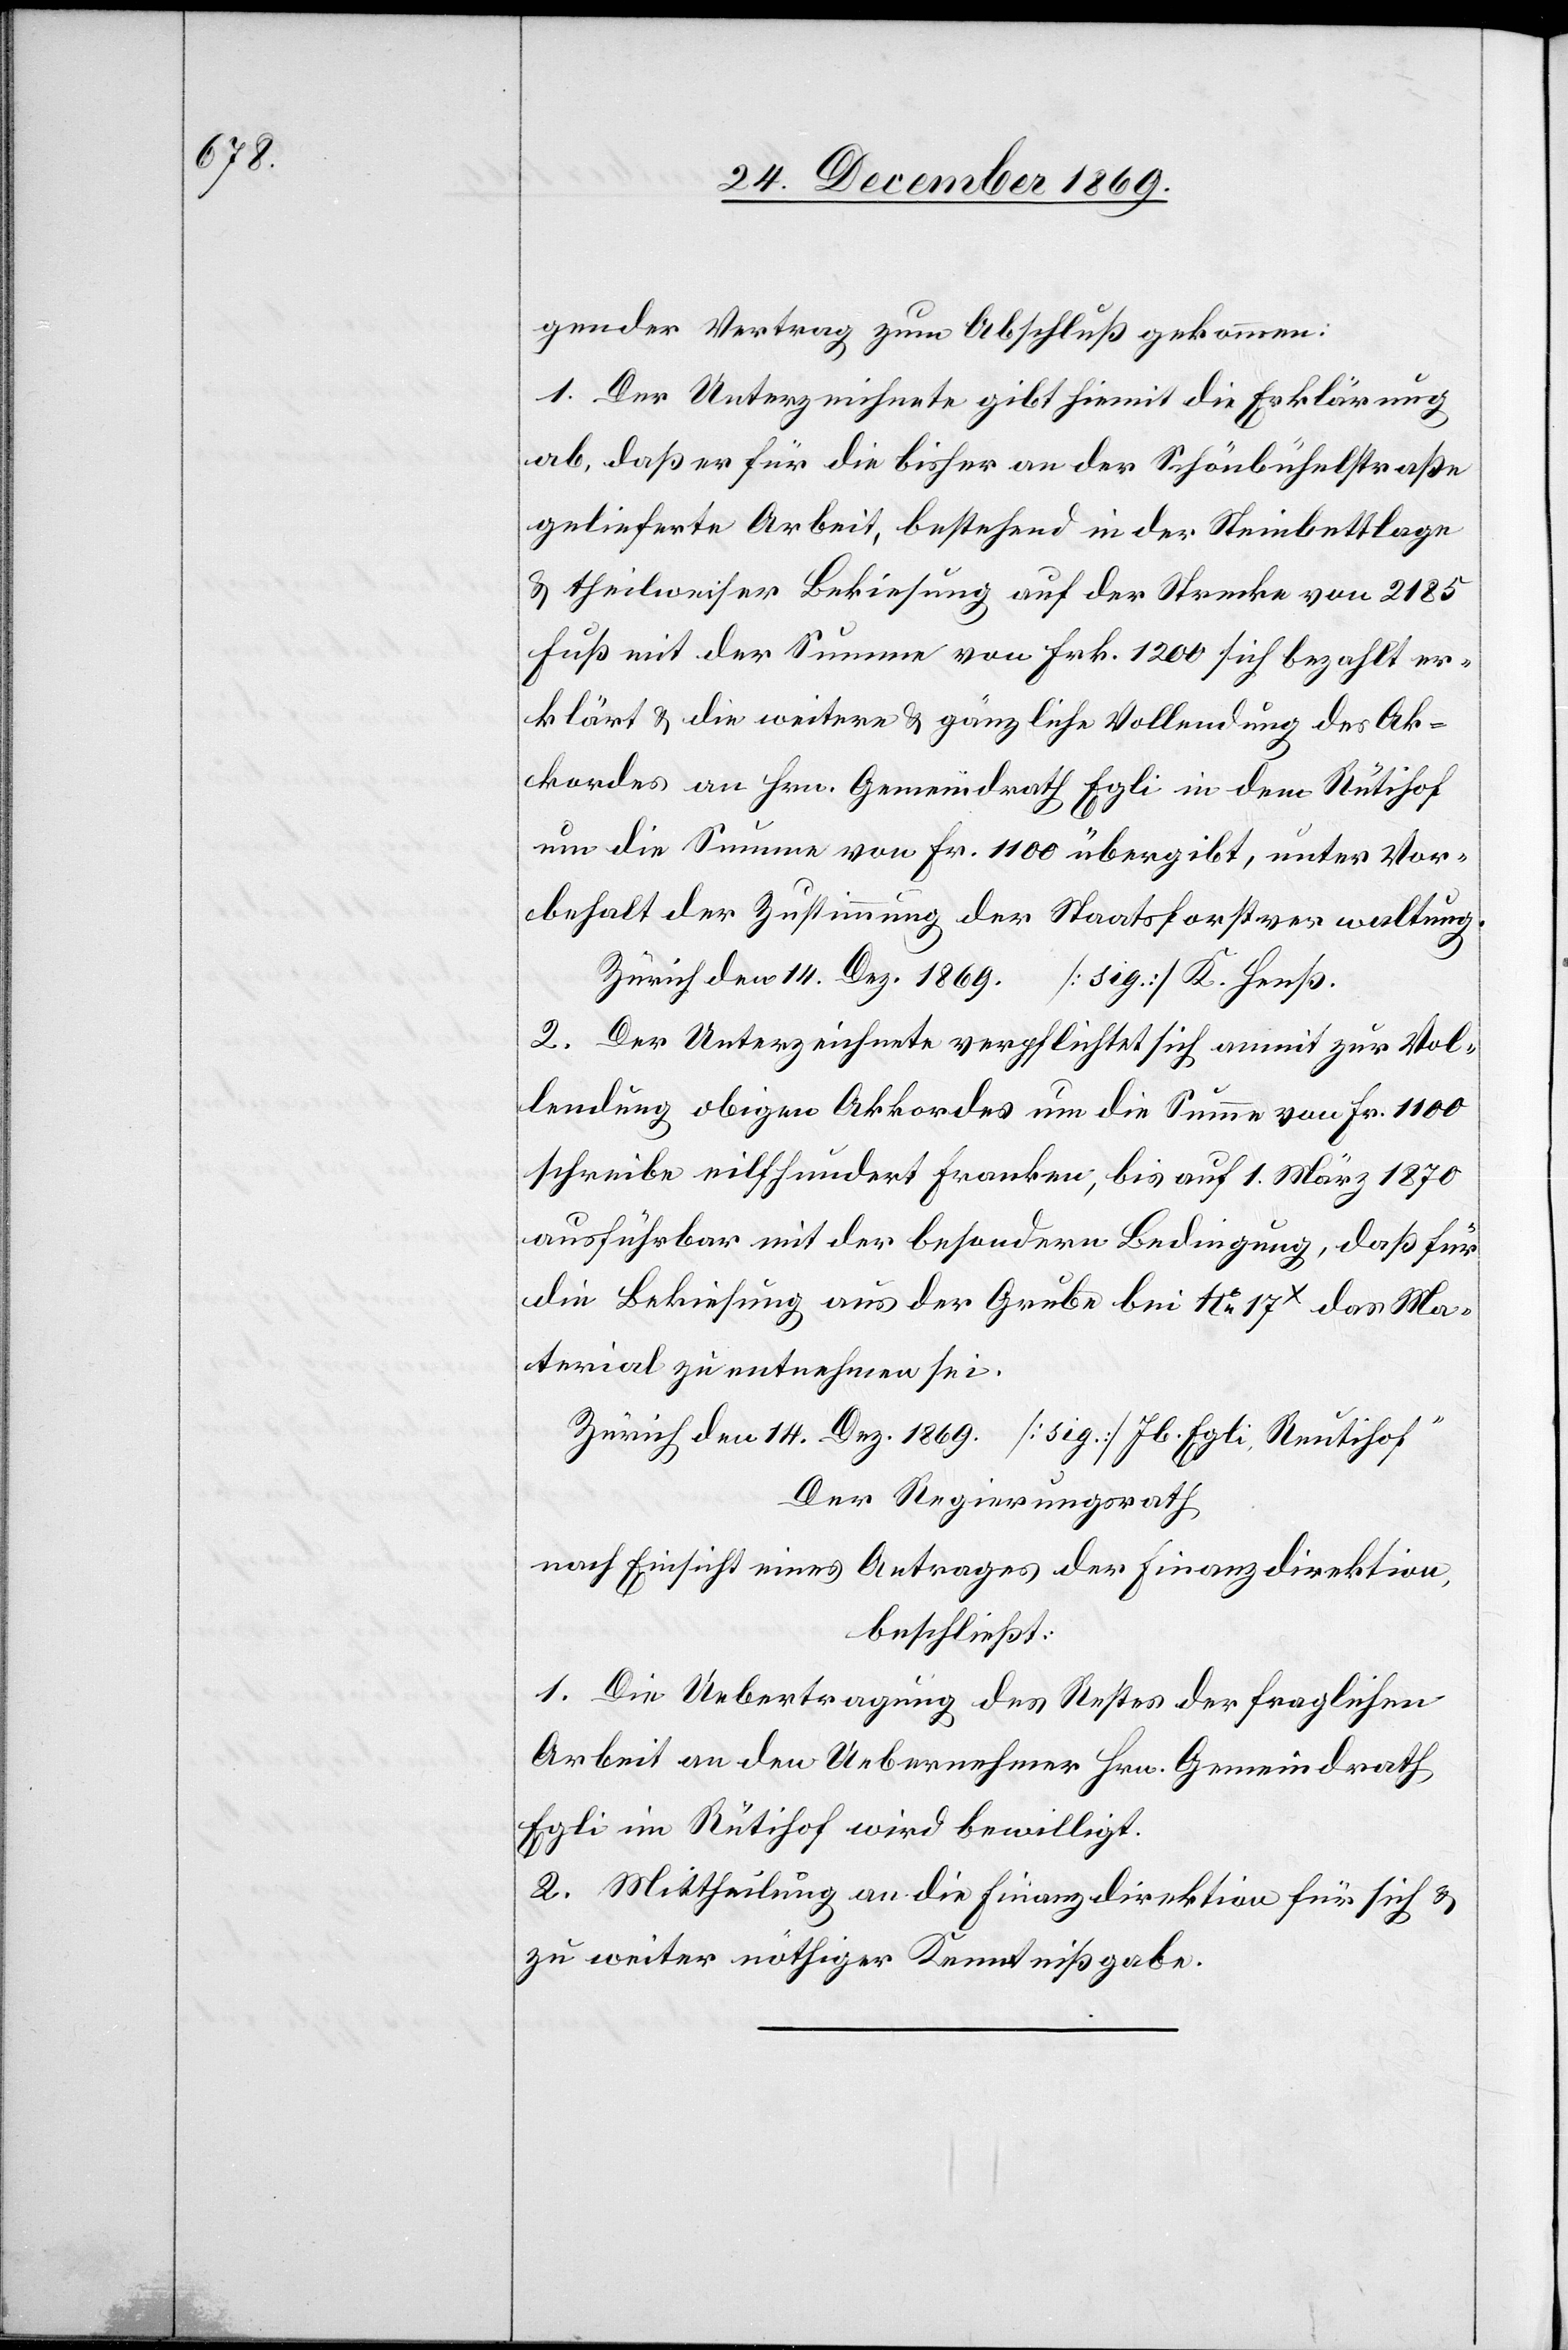
den 14.

gender Vertrag zum Abschluß gekommen:
1. Der Unterzeichnete gibt hiemit die Erklärung
ab, daß er für die bisher an der Schönbühelstraße
gelieferte Arbeit, bestehend in der Steinbettlage
& theilweiser Bekiesung auf der Strecke von 2185
Fuß mit der Summe von Frk. 1200 sich bezahlt er¬
klärt & die weitere & gänzliche Vollendung des Ak¬
kordes an Hrn. Gemeindrath Egli in dem Rütihof
um die Summe von Fr. 1100 übergibt, unter Vor¬
behalt der Zustimmung der Staatsforstverwaltung.
2. Der Unterzeichnete verpflichtet sich anmit zur Vol¬
lendung obigen Akkordes um die Summe von Fr. 1100
schreibe eilfhundert Franken, bis auf 1. März 1870
ausführbar mit der besondern Bedingung, daß für
die Bekiesung aus der Grube bei No 17x das Ma¬
terial zu entnehmen sei.
Der Regierungsrath
nach Einsicht eines Antrages der Finanzdirektion,
beschließt:
1. Die Uebertragung des Restes der fraglichen
Arbeit an den Uebernehmer Hrn. Gemeindrath
Egli im Rütihof wird bewilligt.
2. Mittheilung an die Finanzdirektion für sich &
zu weiter nöthiger Kenntnißgabe.